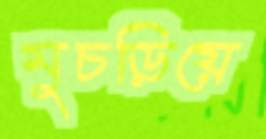
মুচড়িয়ে